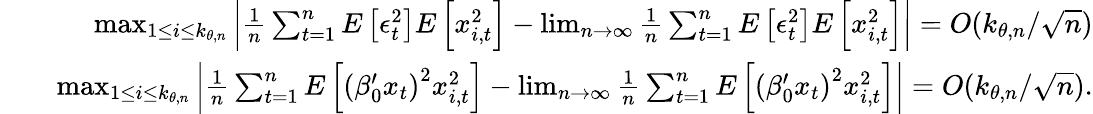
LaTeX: \begin{array}{rlr}&{}&{\operatorname*{max}_{1\leq i\leq k_{\theta,n}}\left\vert\frac{1}{n}\sum_{t=1}^{n}E\left[\epsilon_{t}^{2}\right]E\left[x_{i,t}^{2}\right]-\operatorname*{lim}_{n\rightarrow\infty}\frac{1}{n}\sum_{t=1}^{n}E\left[\epsilon_{t}^{2}\right]E\left[x_{i,t}^{2}\right]\right\vert=O(k_{\theta,n}/\sqrt{n})}\\ &{}&{\operatorname*{max}_{1\leq i\leq k_{\theta,n}}\left\vert\frac{1}{n}\sum_{t=1}^{n}E\left[\left(\beta_{0}^{\prime}x_{t}\right)^{2}x_{i,t}^{2}\right]-\operatorname*{lim}_{n\rightarrow\infty}\frac{1}{n}\sum_{t=1}^{n}E\left[\left(\beta_{0}^{\prime}x_{t}\right)^{2}x_{i,t}^{2}\right]\right\vert=O(k_{\theta,n}/\sqrt{n}).}\end{array}